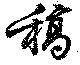
稿